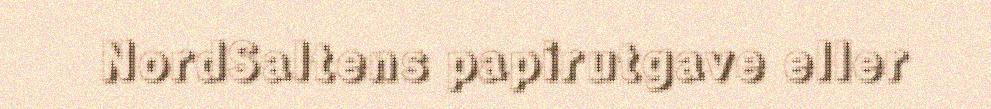
NordSaltens papirutgave eller